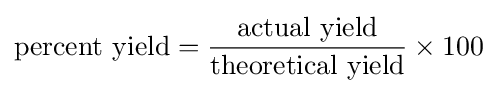
{\mbox{percent yield}}={\frac {\mbox{actual yield}}{\mbox{theoretical yield}}}\times 100